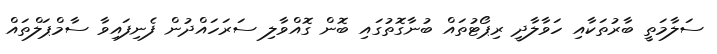
ސަލާމަތީ ބާރުތަކާއި ހަވާލާދީ ރިޕޯޓުތައް ބުނާގޮތުގައި ބޮން ގޮއްވާލި ސަރަހައްދުން ފެނިފައިވާ ސާމްޕަލްތައް